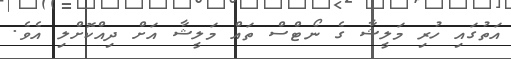
އަތުގައި ހުރި މަލީޝާ ގެ ނޯޓްސް ތައް މަލީޝާ އަށް ދިއްކޮށްލި އެވެ.